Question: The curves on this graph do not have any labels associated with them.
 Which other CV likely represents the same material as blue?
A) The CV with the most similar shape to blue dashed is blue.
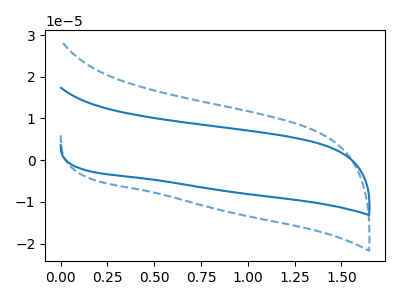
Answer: <think>The blue curve "blue" has no peaks. The blue dashed curve "blue dashed" has no peaks.
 Neither "blue" or "blue dashed" have any peaks.</think>
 <answer>A) The CV with the most similar shape to "blue dashed" is "blue".</answer>
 <eval>A</eval>